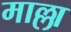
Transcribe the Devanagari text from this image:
माल्ला